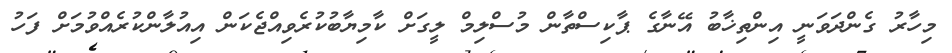
މިހާރު ގެންދަވަނީ އިންތިޚާބު އޭނާގެ ޕާކިސްތާން މުސްލިމް ލީގަށް ކާމިޔާބުކުރެވިއްޖެކަން އިއުލާންކުރެއްވުމަށް ފަހު